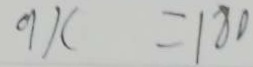
9 x = 1 8 0